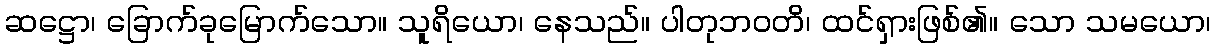
ဆဋ္ဌော၊ ခြောက်ခုမြောက်သော။ သူရိယော၊ နေသည်။ ပါတုဘဝတိ၊ ထင်ရှားဖြစ်၏။ သော သမယော၊